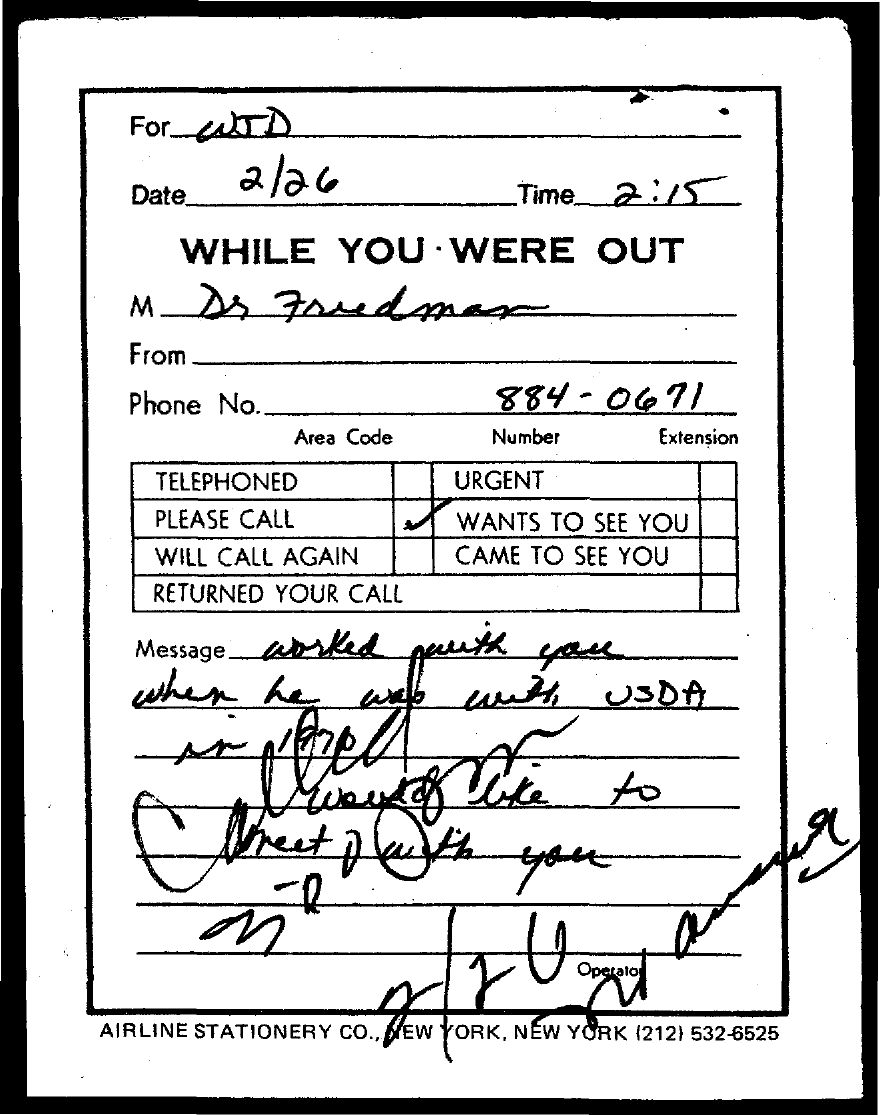
For  CLTD
     2/26
     Date    Time_2:15
     WHILE    YOU    WERE    OUT
     From
     Phone No.    884-    0671
     Area Code    Number    Extension
     TELEPHONED    URGENT
     PLEASE CALL    WANTS  TO SEE YOU
     WILL CALL AGAIN    CAME TO  SEE YOU
     RETURNED YOUR CALL
     Message _ worked    peut    pas
     when    he    was    with    USDA
     Vreet    Maybe    you
     AIRLINE STATIONERY CO ., NEW YORK, NEW YORK (212) 532-6525